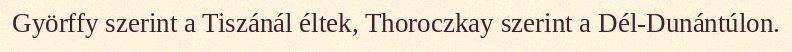
Györffy szerint a Tiszánál éltek, Thoroczkay szerint a Dél-Dunántúlon.